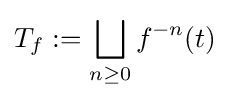
T_{f}:=\bigsqcup _{n\geq 0}f^{-n}(t)